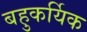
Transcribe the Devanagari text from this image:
बहुकर्यिक